Vaccination in the Punjab 1897-1904 - 1897-1904
Year: 1897
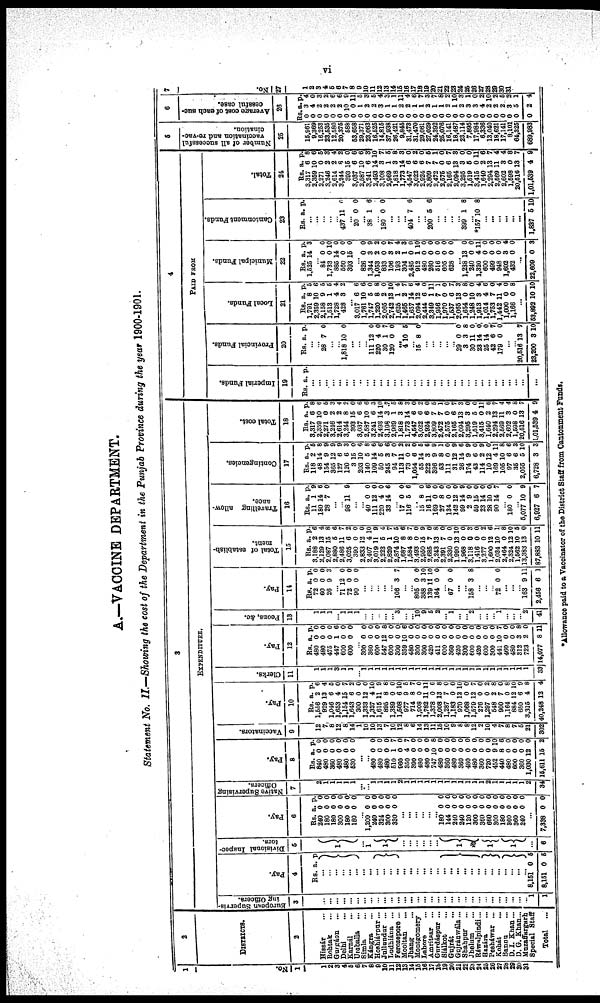
vi
A.—VACCINE DEPARTMENT.
Statement No. II.—Showing the cost of the Department in the Punjab Province during the year 1900-1901.
1
No.
1
1
2
3 4
5
6
7
8
9
10
11
12
13
14
15
16
17
l8
19
20
21
22
23
24
25
26
27
28
29
30
31
2
DISTRICTS.
2
Hissár ...
Rohtak ...
Gurgáon ...
Delhi ...
Karnál ...
Umballa ...
Simla ...
Kángra ...
Hoshiárpur ...
Jullundur ...
Ludhiána
...
Ferozepore ...
Mooltan ...
Jhang ...
Montgomery ...
Lahore ...
Amritsar
...
Gurdáspur ...
Siálkot
...
Gujrát ...
Gujránwála ...
Shahpur ...
Jhelum ...
Ráwalpindi ...
Hazára ...
Pesháwar ...
Kohát ...
Bannu ...
D. I. Khan ...
D. G. Khan ...
Muzaffargarh ...
Special Staff ...
Total
...
3
EXPENDITURE.
European Supervis-
ing Officers.
3
...
...
...
...
...
...
...
...
...
...
...
...
...
...
...
...
...
...
...
...
...
...
...
...
...
...
...
...
...
...
... 1
1
Pay.
4
Rs. a. p.
...
...
...
...
...
...
... ...
...
...
...
...
... ...
... ...
...
... ...
...
...
...
...
...
...
...
...
...
...
...
...
8,151
8,151
0
0
5
5
Divisional Inspec-
tors.
5
1
... 1
1
...
...
...
...
...
...
1
1
1
...
6
Pay.
6
Rs.
240
180
180
300
180
180
a.
0
0
0
0
0
0
p.
0
0
0
0
0
0
1,200
240
324
300
330
0
0
0
0
0
0
0 0
0
0
...
...
...
... ...
...
180
144
240
240
120
300
360
660
300
180
360
360
240
0
0
0
0
0
0
0
0
0
0
0
0
0
0
0
0
0
0
0
0
0
0
0
0
0
0
...
7,338 0 0
Native Supervising
Officers.
7
2
1
1
1
1
1
...
...
1
1
1
1
2
1
1
1
1
1
1
1
1
1
1
1
1
2
1
1
1
1
1 2
34
Pay.
8
Rs
840
480
360
480
480
530
a.
0
0
0
0
0
0
p.
0
0
0
0
0
0
...
...
480
480
480
510
960
350
390
480
480
747
480
360
480
360
480
480
360
720
452
440
480
600
360
1,030
15,611
0
0
0
1
0
4
0
0
0
10
0
0
0
0
0
0
0
0
9
8
0
0
0
12
15
0
0
0
7
0
7
0
0
0
8
0
0
0
0
0
0
0
0
10
6
0
0
0
0
2
Vaccinators.
9
12
7
8
12
8
14
3
10
10
13
7
10
12
8
6
14
13
11
15
10
9
8
8
12
2
10
4
7
8
7
5
21
302
Pay.
10
Rs
1,556
929
1,046
1,653
1,154
1,643
300
1,333
1,327
1,615
895
1,389
1,508
977
714
1,908
1,782
1,378
2,008
1,287
1,183
970
1,068
1,579
276
1,297
548
900
1,164
884
660
3,315
40,248
a.
2
13
6
4
15
6
0
12
4
11
8
0
6
9
8
0
11
0
13
7
0
13
0
12
0
0
2
7
0
12
6
4
12
p.
6
4
5
0
7
2
0
0
10
9
8
0
10
5
7
0
11
6
8
0
0
10
0
7
0
2
8
0
8
10
9
8
4
Clerks.
11
1
1
1
3
1
1
...
1
1
1
1
1
1
1
1
1
1
1
1
1
1
1
1
1
1
1
1
1
1
1
1
1
33
Pay.
12
Rs.
480
480
475
447
600
600
a.
0
0
0
1
0
0
p.
0
0
0
6
0
0
... 300
360
600
547
600
300
359
480
300
300
420
411
600
360
420
300
600
420
600
300
441
460
480
312
723
14,077
0
0
0
12
0
0
10
0
0
0
0
0
0
0
0
0
0
0
0
0
10
0
0
3
2
8
0
0
0
8
0
0
6
0
0
0
0
0
0
0
0
0
0
0
0
0
7
0
0
8
0
11
Peons, &c.
13
1
1
1
... 1
1
1
...
...
...
...
...
3
...
...
10
9
5
2
... 1
...
... 2
...
...
... 1
...
...
... 2
41
Pay.
14
Rs.
72
60
26
a.
0
0
9
p.
0
0 3
... 71
72
90
12
0
0
0
0 0
... ...
...
...
... 106 3 7
...
... 805
388
139
164
0
3
11
0
0
10
10
0
... 67 0 0
...
... 158 3 8
...
...
... 72 0 0
...
...
... 163
2,458
9
6
11
1
Total of establish-
ment.
15
Rs.
3,188
2,129
2,087
2,880
2,486
3,025
390
2,833
2,407
3,019
2,223
2,829
2,874
1,687
1,584
3,493
2,950
2,685
3,243
2,391
2,330
1,990
1,968
3,118
1,416
3,277
1,600
2,034
2,464
2,324
1,562
13,383
87,883
a.
2
13
15
5
11
6
0
12
4
11
5
1
10
8
8
0
15
7
13
7
0
13
0
0
0
0
12
10
0
12
10
13
10
p.
6
4
8
6
7
2
0
0
10
9
4
7
5
6
7
0
9
0
8
0
0
10
0
3
0
2
6
1
8
10
5
0
11
Travelling allow-
ance.
16
Rs.
11
180
28
a.
1
14
7
p.
9
6
0
...
... 98 11 9
...
40
111
220
33
0
12
4
14
0
0
0
6
... 17
116
0
5
0
6
... 15
16
169
27
134
142
99
2
59
23
28
90
8
11
0
8
0
12
14
9
15
14
10
14
0
6
0
0
0
0
9
0
0
0
0
7
... 180
... 5,077
6,927
0
10
6
0
9
7
Contingencies.
17
Rs.
118
48
154
365
127
120
3
203
140
109
50
245
94
113
73
1,054
55
222
396
53
111
31
26
174
43
114
10
169
105
97
35
2,055
6,728
a.
2
14
9
12
6
6
15
10
5
14
5
3
7
11
0
6
14
3 9
8
0
12
14
9
6
2
12
4
10
6
6
5
3
p.
5
8
9
9
9
3
0
6
8
6
6
6
0
2
2
0
5
6
9
1
0
9
6
9
0
9
0
11
8
6
3
10
3
Total cost.
18
Rs.
3,317
2,359
2,271
3,246
2,614
3,244
393
3,037
2,587
3,241
2,493
3,108
2,969
1,818
1,773
4,547
3,022
2,924
3,809
2,472
2,575
2,165
2,094
3,295
1,519
3,415
1,640
2,294
2,569
2,602
1,598
20,516
1,01,539
a.
6
10
0
2
2
8
15
6
10
6
14
3
1
3
14
6
6
6
7
7
0
6
13
3
5
0
2
13
11
3
0
13
4
p.
8
6
5
3
4
2
0
6
6
3
10
7
5
8
3
0
2
0
5
1
0
7
3
0
0
11
6
7
4
4
8
7
9
4
PAID FROM
Imperial Funds.
19
Rs. a. p.
...
... ...
...
...
...
...
...
... ...
...
...
...
...
...
... ... ...
... ...
...
...
...
...
...
... ...
...
...
...
...
...
...
Provincial Funds.
20
Rs. a. p.
...
... 28 7 0
...
... 1,818 10 0
...
... ...
111
220
30
120
12
4
1
0
0
0
7
0
...
4 10 5
... 15 8 0
...
...
... ... ...
29
3
30
23
25
42
179
0
3
11
14
14
6
0
0
8
0
0
0
7
0
...
...
20,516
23,200
13
3
7
10
Local Funds.
21
Rs.
1,791
2,359
2,158
1,513
1,728
428
a.
8
10
9
1
4
3
p.
5
6
5
5
4
2
...
3,017
1,761
1,747
1,220
2,065
2,742
1,625
1,465
1,657
2,094
2,444
3,349
1,956
1,970
1,537
2,065
1,654
1,248
1,913
1,014
1,753
1,442
1,000
1,166
6
10
5
8
2
13
1
2
14
12
6
1
7
0
6
13
0
10
3
4
7
11
0
0
6
6
0
8
0
10
4
Municipal Funds.
22
Rs.
1,525
a.
14
p.
3
... 84
1,733
885
560
393
0
0
14
0
15
0
10
0
0
0
... 826
1,344
1,053
833
106
193
7
304
6
4
0
11
1
0
7
3
8
0
4
6
0
4
0
8
...
53,892 10 10
2,485
912
480
260
516
605
628
0
3
2
0
3
2
1
0
1
0
0
0
0
0
0
9
2
0
7
4
3
0
10
0
0
0
0
0
... 1,238
240
1,320
600
499
948
1,602
432
13
0
4
0
0
0
3 0
0
0
11
0
0
0
4
0
22,609 0 3
Cantonment Funds.
23
Rs. a. p.
... ...
...
...
... 437 11 0
... 20 0 0
...
38 1 6
... 180 0 0
...
...
...
404 7 6
... ...
200 5 6
...
...
...
...
399 1 8
... *157 10 8
...
...
...
...
...
...
1,837 5 10
Total.
24
Rs.
3,317
2,359
2,271
3,246
2,614
3,244
393
3,037
2,587
3,241
2,493
3,108
2,969
1,818
1,773
4,547
3,022
2,924
3,809
2,472
2,575
2,165
2,094
3,295
1,519
3,415
1,640
2,294
2,569
2,602
1,598
20,516
1,01,639
a.
6
10
0
2
2
8
15
6
10
6
14
3
1
3
14
6
6
6
7
7
0
6
13
3
5
0
2
13
11
3
0
13
4
p.
8
6
5
3
4
2
0
6
6
3
10
7
5
8
3
0
2
0
5
1
0
7
3
0
0
11
6
7
4
4
8
7
9
5
Number of all successful
vaccination and re-vac-
cination.
25
15,961
9,369
16,253
23,535
12,580
20,375
588
63,658
29,371
23,063
16,525
14,815
37,938
26,421
9,845
31,473
31,470
29,061
27,029
24,392
26,076
16,141
18,487
23,114
7,895
17.984
6,336
13,040
18,621
17,14l
8.101
64,325
689,983
6
Average cost of each suc-
cessful case.
26
Rs.
0
0
0
0
0
0
0
0
0
0
0
0
0
0
0
0
0
0
0
0
0
0
0
0
0
0
0
0
0
0
0
0
0
a.
3
4
2
2
2
2
10
0
1
2
2
3
1
1
2
2
1
1
2
1
1
2
1
2
3
3
4
2
2
2
3
5
2
p.
4
0 3
2
6
6
9
11
5
3
5
4
3
1
11
4
6
7
3
7
8
2
10
3
1
0
2
10
2
5
2
1
4
7
No.
27
1
2
3
4
5
6
7
8
9
10
11
12
13
14
15
16
17
18
19
20
21
22
23
24
25
26
27
28
29 30
31
*Allowance paid to a Vaccinator of the District Staff from Cantonment Funds.